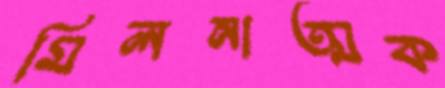
মিলনাত্মক